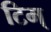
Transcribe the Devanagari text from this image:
टिम्‌